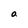
Character: a